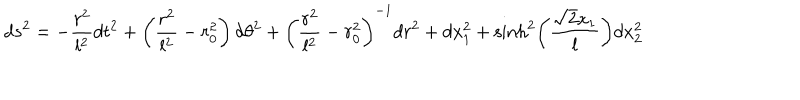
d s ^ { 2 } = - \frac { r ^ { 2 } } { l ^ { 2 } } d t ^ { 2 } + \left( \frac { r ^ { 2 } } { l ^ { 2 } } - r _ { 0 } ^ { 2 } \right) d \theta ^ { 2 } + \left( \frac { r ^ { 2 } } { l ^ { 2 } } - r _ { 0 } ^ { 2 } \right) ^ { - 1 } d r ^ { 2 } + d x _ { 1 } ^ { 2 } + \sinh ^ { 2 } \left( \frac { \sqrt { 2 } x _ { 1 } } { l } \right) d x _ { 2 } ^ { 2 }